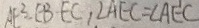
A E ^ { 2 } - E B - E C , \angle A E C = \angle A E ^ { \prime } C